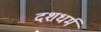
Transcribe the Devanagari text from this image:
दशधर्म